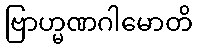
ဗြာဟ္မဏဂါမောတိ